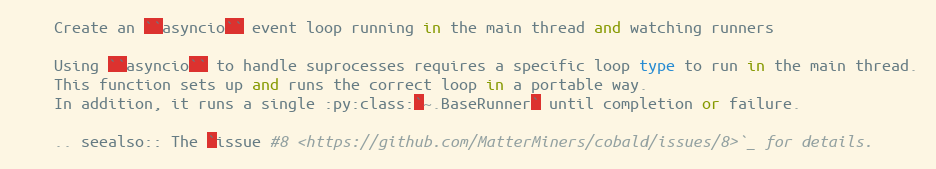
Language: Python
    Create an ``asyncio`` event loop running in the main thread and watching runners

    Using ``asyncio`` to handle suprocesses requires a specific loop type to run in the main thread.
    This function sets up and runs the correct loop in a portable way.
    In addition, it runs a single :py:class:`~.BaseRunner` until completion or failure.

    .. seealso:: The `issue #8 <https://github.com/MatterMiners/cobald/issues/8>`_ for details.